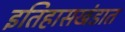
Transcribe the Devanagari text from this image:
इतिहासखंडात